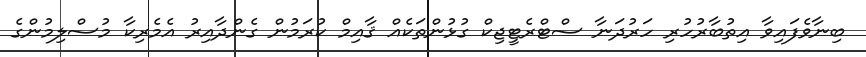
ބިނާވެފައިވާ އިތުބާރުހުރި ހަރުދަނާ ސްޓްރެޓީޖިކް ގުޅުންތަކެއް ޤާއިމް ކުރަމުން ގެންދާއިރު އެމެރިކާ މުސްލިމުންގެ